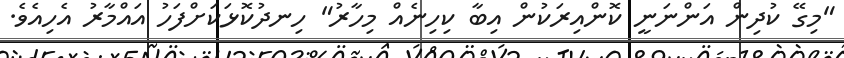
"މިގޭ ކުދިން އަންނަނީ ކޮންއިރަކުން އިބާ ކިހިނެއް މިހާރު" ހިނދުކޮޅަކަށްފަހު އައްމާރު އެހިއެވެ.